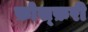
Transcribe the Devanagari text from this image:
फ़ोस्फ़री